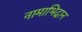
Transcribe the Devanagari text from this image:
नामाभिदान